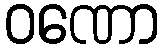
ဝဏော